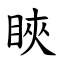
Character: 䀹